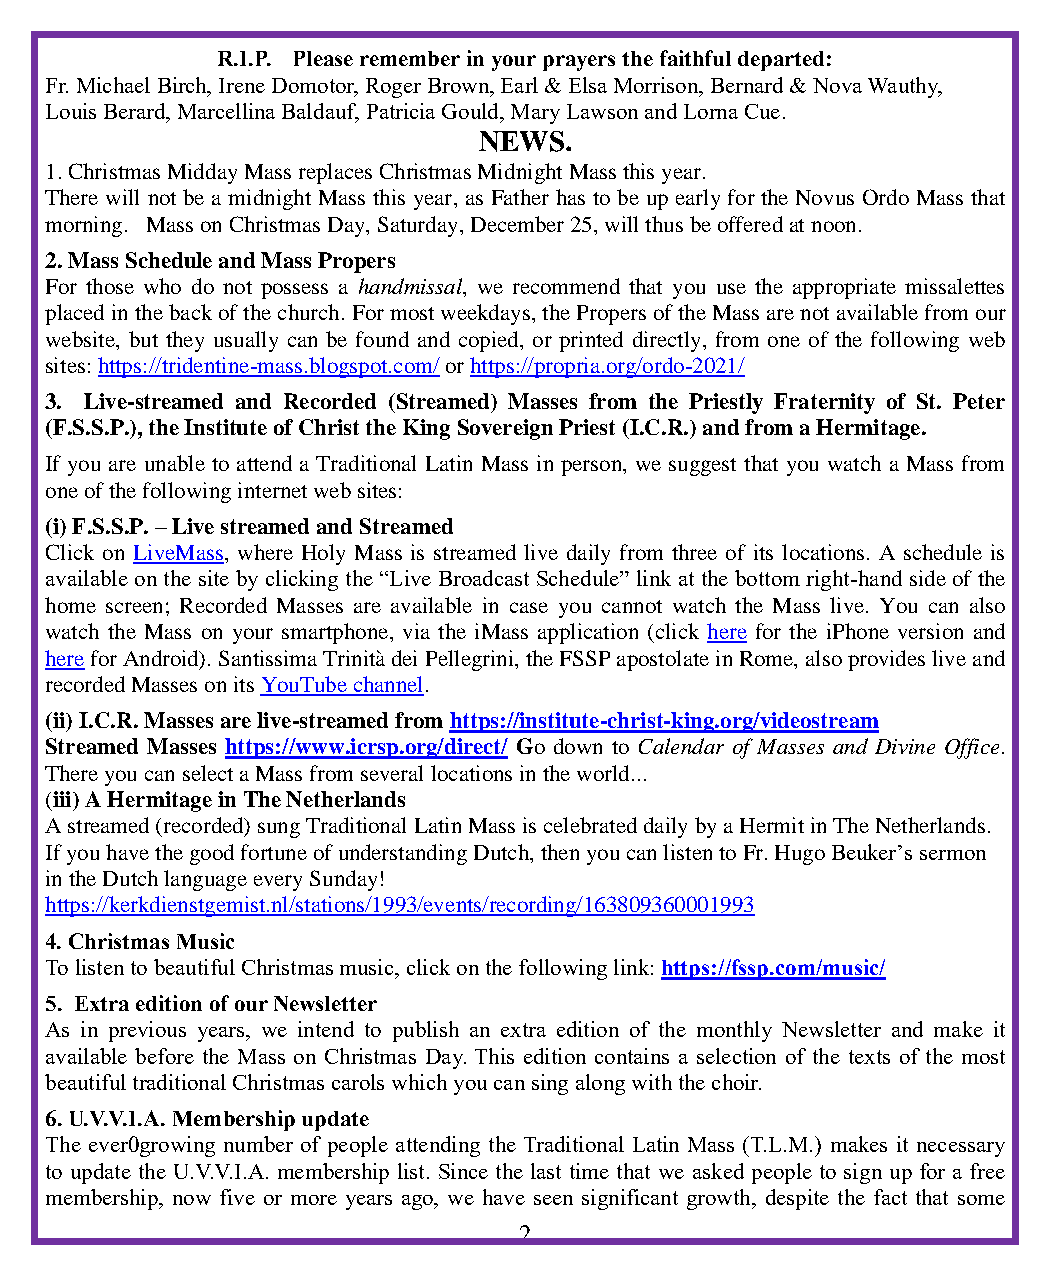
R.I.P. Please remember in your prayers the faithful departed:
 Fr. Michael Birch, Irene Domotor, Roger Brown, Earl & Elsa Morrison, Bernard & Nova Wauthy,
 Louis Berard, Marcellina Baldauf, Patricia Gould, Mary Lawson and Lorna Cue.
 NEWS.
 1. Christmas Midday Mass replaces Christmas Midnight Mass this year.
 There will not be a midnight Mass this year, as Father has to be up early for the Novus Ordo Mass that
 morning. Mass on Christmas Day, Saturday, December 25, will thus be offered at noon.
 2. Mass Schedule and Mass Propers
 For those who do not possess a handmissal, we recommend that you use the appropriate missalettes
 placed in the back of the church. For most weekdays, the Propers of the Mass are not available from our
 website, but they usually can be found and copied, or printed directly, from one of the following web
 sites: https://tridentine-mass.blogspot.com/ or https://propria.org/ordo-2021/
 3. Live-streamed and Recorded (Streamed) Masses from the Priestly Fraternity of St. Peter
 (F.S.S.P.), the Institute of Christ the King Sovereign Priest (I.C.R.) and from a Hermitage.
 If you are unable to attend a Traditional Latin Mass in person, we suggest that you watch a Mass from
 one of the following internet web sites:
 (i) F.S.S.P. – Live streamed and Streamed
 Click on LiveMass, where Holy Mass is streamed live daily from three of its locations. A schedule is
 available on the site by clicking the “Live Broadcast Schedule” link at the bottom right-hand side of the
 home screen; Recorded Masses are available in case you cannot watch the Mass live. You can also
 watch the Mass on your smartphone, via the iMass application (click here for the iPhone version and
 here for Android). Santissima Trinità dei Pellegrini, the FSSP apostolate in Rome, also provides live and
 recorded Masses on its YouTube channel.
 (ii) I.C.R. Masses are live-streamed from https://institute-christ-king.org/videostream
 Streamed Masses https://www.icrsp.org/direct/ Go down to Calendar of Masses and Divine Office.
 There you can select a Mass from several locations in the world...
 (iii) A Hermitage in The Netherlands
 A streamed (recorded) sung Traditional Latin Mass is celebrated daily by a Hermit in The Netherlands.
 If you have the good fortune of understanding Dutch, then you can listen to Fr. Hugo Beuker’s sermon
 in the Dutch language every Sunday!
 https://kerkdienstgemist.nl/stations/1993/events/recording/163809360001993
 4. Christmas Music
 To listen to beautiful Christmas music, click on the following link: https://fssp.com/music/
 5. Extra edition of our Newsletter
 As in previous years, we intend to publish an extra edition of the monthly Newsletter and make it
 available before the Mass on Christmas Day. This edition contains a selection of the texts of the most
 beautiful traditional Christmas carols which you can sing along with the choir.
 6. U.V.V.I.A. Membership update
 The ever0growing number of people attending the Traditional Latin Mass (T.L.M.) makes it necessary
 to update the U.V.V.I.A. membership list. Since the last time that we asked people to sign up for a free
 membership, now five or more years ago, we have seen significant growth, despite the fact that some
 2